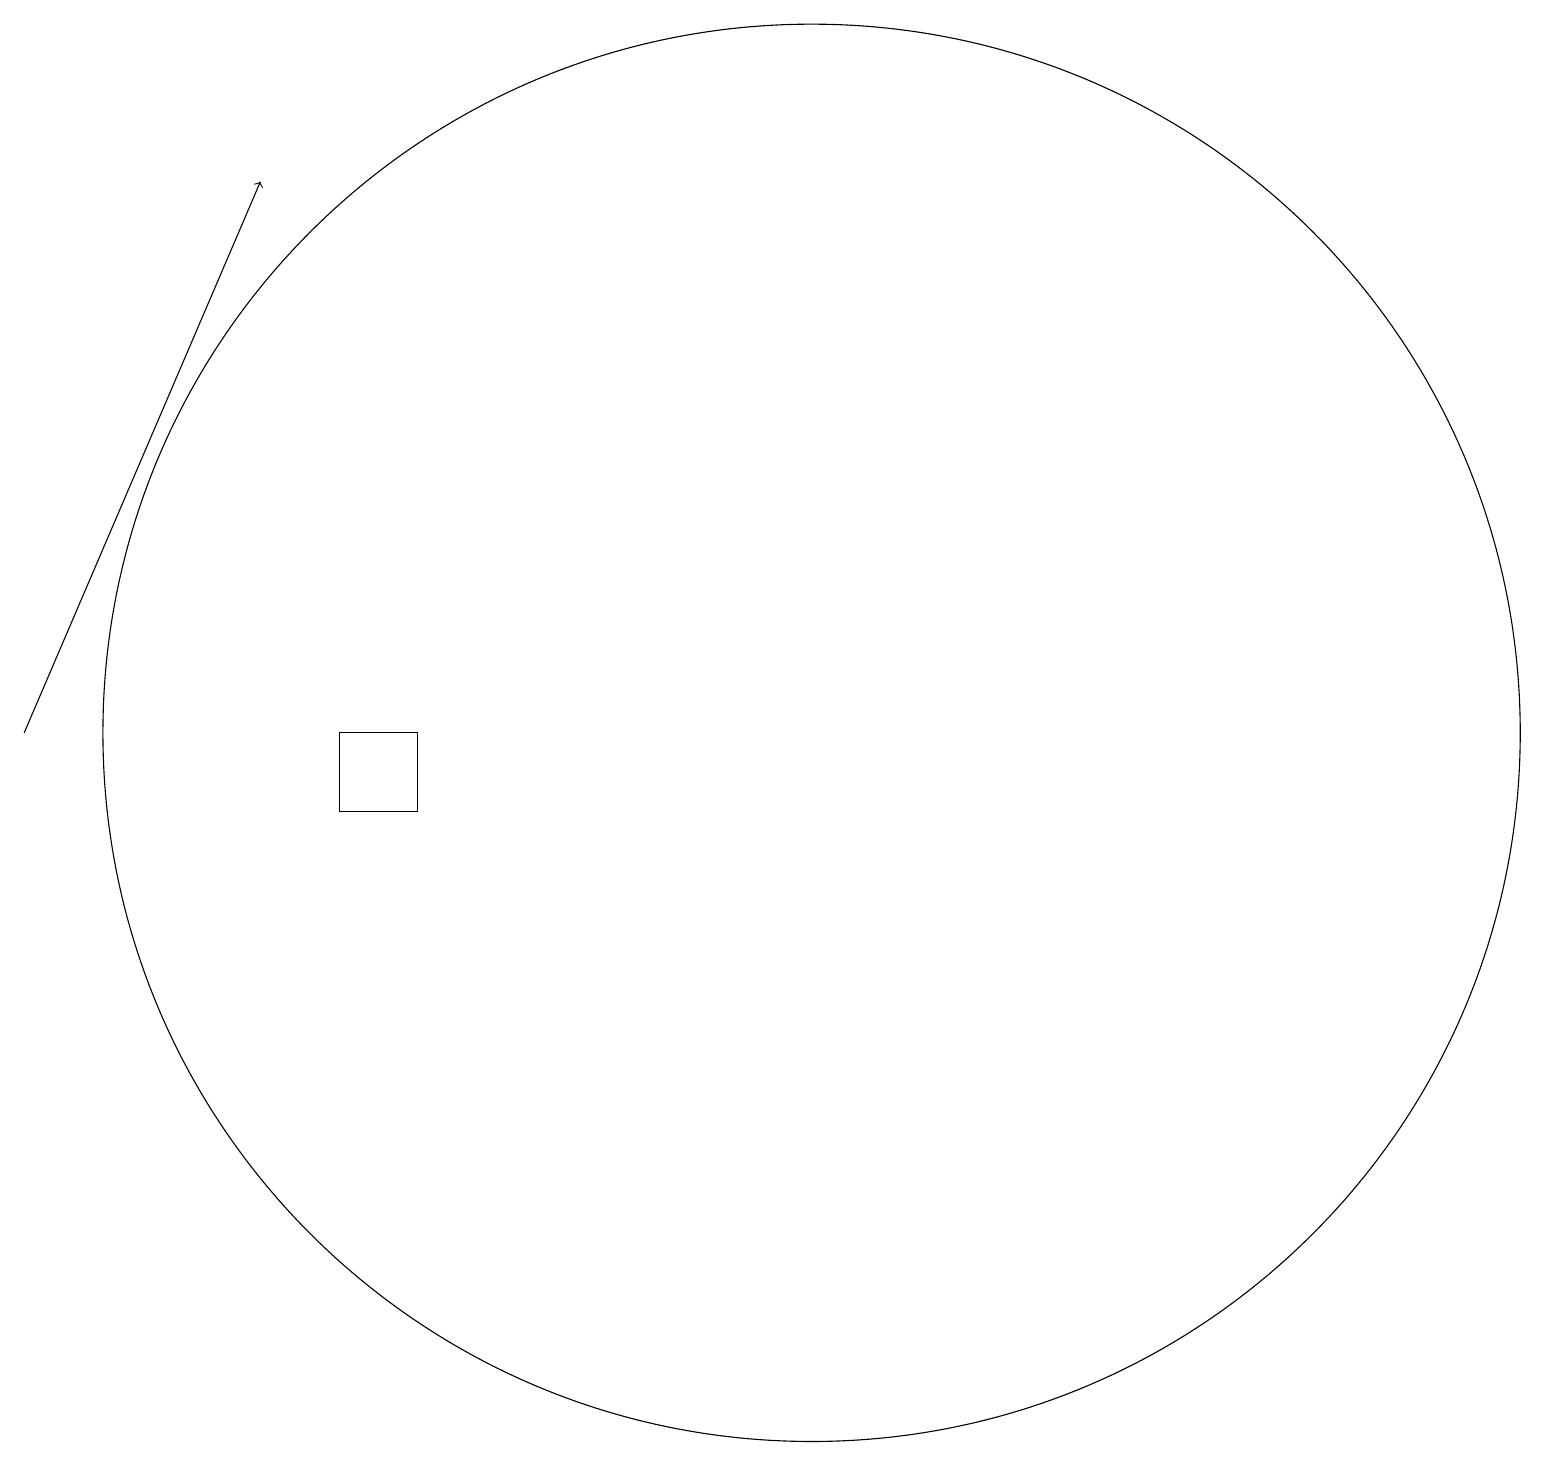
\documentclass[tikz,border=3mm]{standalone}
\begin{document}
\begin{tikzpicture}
\draw[->] (1,11) -- (4,18);
\draw (11,11) circle (9);
\draw (6,10) rectangle (5,11);
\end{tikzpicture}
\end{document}